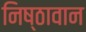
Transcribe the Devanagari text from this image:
निष्‍ठावान